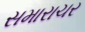
સમારાચર